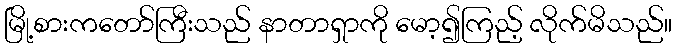
မြို့စားကတော်ကြီးသည် နာတာရှာကို မော့၍ကြည့် လိုက်မိသည်။